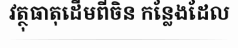
វត្ថុធាតុដើមពីចិន កន្លែងដែល